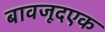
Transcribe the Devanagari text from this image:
बावजूदएक